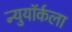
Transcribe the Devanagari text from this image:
न्युयॉर्कला